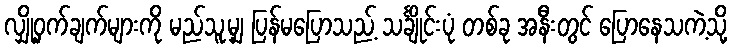
လျှို့ဝှက်ချက်များကို မည်သူ့မျှ ပြန်မပြောသည့် သင်္ချိုင်းပုံ တစ်ခု အနီးတွင် ပြောနေသကဲ့သို့